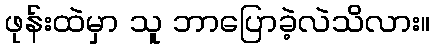
ဖုန်းထဲမှာ သူ ဘာပြောခဲ့လဲသိလား။